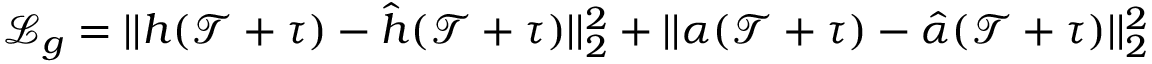
\mathcal { L } _ { g } = | | h ( \mathcal { T } + \tau ) - \hat { h } ( \mathcal { T } + \tau ) | | _ { 2 } ^ { 2 } + | | \alpha ( \mathcal { T } + \tau ) - \hat { \alpha } ( \mathcal { T } + \tau ) | | _ { 2 } ^ { 2 }